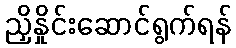
ညှိနှိုင်းဆောင်ရွက်ရန်